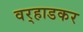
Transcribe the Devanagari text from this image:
वर्‍हाडकर